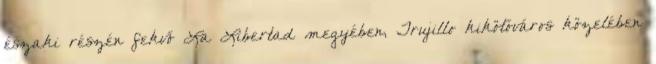
északi részén fekvő La Libertad megyében, Trujillo kikötőváros közelében